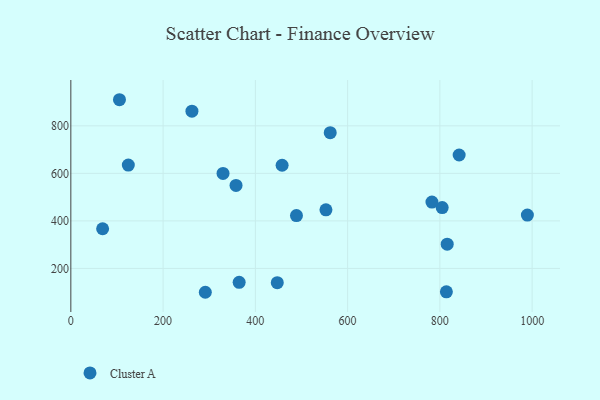
{"axis": {"x": "Engine Size", "y": "Salary"}, "legend": ["Cluster A"], "data": [{"x": "262.5", "y": 861.7, "type": "Cluster A"}, {"x": "447.5", "y": 139.9, "type": "Cluster A"}, {"x": "124.6", "y": 634.7, "type": "Cluster A"}, {"x": "562.3", "y": 771.2, "type": "Cluster A"}, {"x": "358.1", "y": 549.3, "type": "Cluster A"}, {"x": "989.7", "y": 424.3, "type": "Cluster A"}, {"x": "291.5", "y": 99.6, "type": "Cluster A"}, {"x": "458.0", "y": 634.0, "type": "Cluster A"}, {"x": "814.1", "y": 101.3, "type": "Cluster A"}, {"x": "841.8", "y": 677.2, "type": "Cluster A"}, {"x": "489.1", "y": 422.2, "type": "Cluster A"}, {"x": "364.9", "y": 141.5, "type": "Cluster A"}, {"x": "329.9", "y": 599.9, "type": "Cluster A"}, {"x": "805.0", "y": 456.0, "type": "Cluster A"}, {"x": "553.0", "y": 446.6, "type": "Cluster A"}, {"x": "68.9", "y": 366.9, "type": "Cluster A"}, {"x": "815.9", "y": 302.0, "type": "Cluster A"}, {"x": "105.4", "y": 909.8, "type": "Cluster A"}, {"x": "782.8", "y": 479.0, "type": "Cluster A"}]}